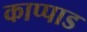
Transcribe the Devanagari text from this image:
काप्पाड